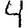
Digit: 4